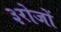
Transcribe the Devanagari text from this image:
३रोजों